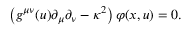
\left( g ^ { \mu \nu } ( u ) \partial _ { \mu } \partial _ { \nu } - \kappa ^ { 2 } \right) \varphi ( x , u ) = 0 .